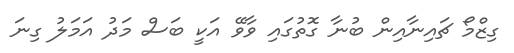
ގިޒްމޯ ޗައިނާއިން ބުނާ ގޮތުގައި ވާވޭ އަކީ ބަސް މަދު އަމަލު ގިނަ